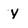
Character: y